Report of the Hyderabad Chloroform Commission
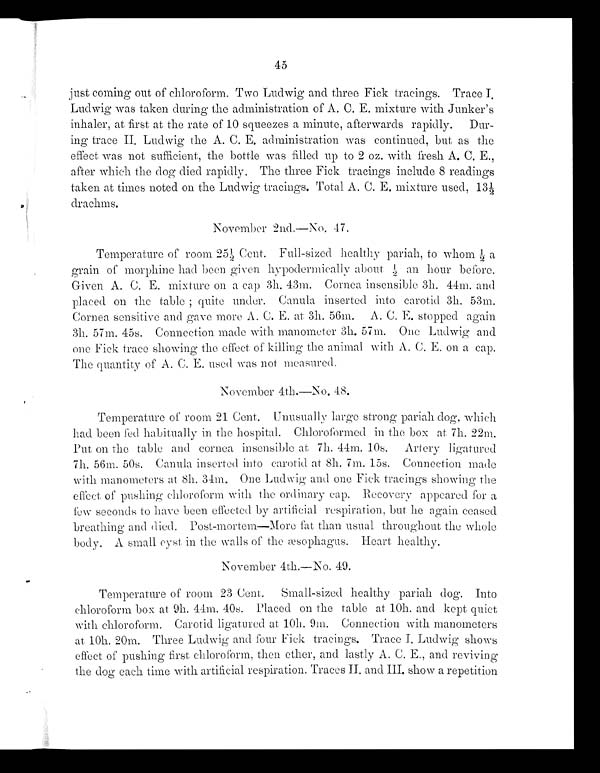
45
just coming out of chloroform. Two Ludwig and three Fick tracings. Trace
I. Ludwig was taken during the administration of A. C. E. mixture with Junker's
inhaler, at first at the rate of 10 squeezes a minute, afterwards rapidly. Dur-
ing trace II. Ludwig the A. C. E. administration was continued, but as the
effect was not sufficient, the bottle was filled up to 2 oz. with fresh A. C. E.,
after which the dog died rapidly, The three Fick tracings include 8 readings
taken at times noted on the Ludwig tracings. Total A. C. E. mixture used, 13½
drachms.
November 2nd.—No. 17.
Temperat ure of room 25½, Cent . Ful l -si zed heal t hy pari ah, t o whom ½ a
grain of morphine had been given hypodermically about ½ an hour before.
Given A. C. E. mixture on a cap 3h. 43m. Cornea insensible 3h. 44m. and
placed on the table quite under. Canula inserted into carotid 3h. 53m.
Cornea sensitive and gave more A. C. E. at. 3h. 56m. A. C. E. stopped again
3h. 57m. 45s. Connection made with manometer 3h. 57m. One Ludwig
one Fick trace showing the effect of killing the animal with A. C. E. on a. cap.
The quantity of A. C. E. used. was not measured.
November 4th.—No. 48.
Temperature of room 21 Cent. Unusually large strong pariah dog, which
had been fed habitually in the hospital.. Chloroformed in the box at. 7h. 22m.
Put on the table and cornea insensible at 7h. 44m. 10s. Artery ligatured
7m. 56m. 50s. Canula inserted into carotid at 8h. 7m. 15s. Connection made
with manometers at 8h. 34m. One Ludwig and one Fick tracings showing the
effect of pushing chloroform with the ordinary cap. Recovery appeared for a
few seconds to have been effected by artificial respiration, but he again ceased
breathing and died. Post-mortem-More fat than usual throughout the whole
body. A small cyst in the walls of the æsophagus. Heart healthy.
November 4th.—No. 49.
Temperature of room 23 Cent. Small-sized healthy pariah dog. Into
chloroform box at 9h. 44m. 40s. Placed on the table at. 10h. and kept. quiet
with chloroform. Carotid ligatured at. 10h. 9m. Connection with manometers
at. 10h. 20m. Three Ludwig and four Fick tracings. Trace I. Ludwig shows
effect of pushing first chloroform, then ether, and lastly A. C. E., and reviving
the dog each time with artificial respiration. Traces II, and III. show a repetition